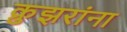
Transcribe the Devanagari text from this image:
क्रुझरांना